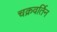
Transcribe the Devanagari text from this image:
चक्रवर्तिन